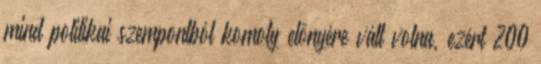
mind politikai szempontból komoly előnyére vált volna, ezért 200